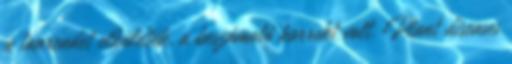
a tanrendet elküldték, a beszámoló korrekt volt. Plant diseases